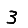
Digit: 3